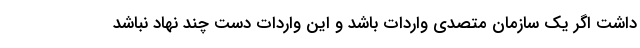
داشت اگر یک سازمان متصدی واردات باشد و این واردات دست چند نهاد نباشد